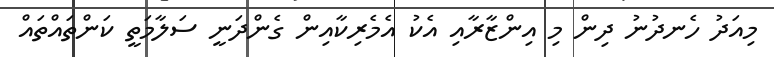
މިއަދު ހެނދުނު ދިން މި އިންޒާރާއި އެކު އެމެރިކާއިން ގެންދަނީ ސަލާމަތީ ކަންތައްތައް